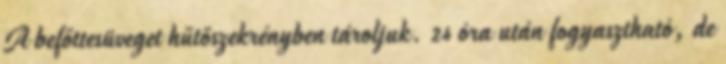
A befőttesüveget hűtőszekrényben tároljuk. 24 óra után fogyasztható, de